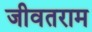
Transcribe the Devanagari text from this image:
जीवतराम